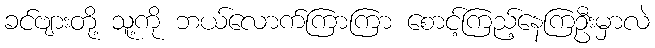
ခင်ဗျားတို့ သူ့ကို ဘယ်လောက်ကြာကြာ စောင့်ကြည့်နေကြဦးမှာလဲ